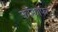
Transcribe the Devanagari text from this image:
कौक्रोफ्ट